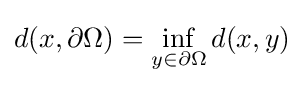
d(x,\partial \Omega )=\inf _{y\in \partial \Omega }d(x,y)